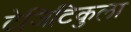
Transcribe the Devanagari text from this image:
टेजिटिकुला